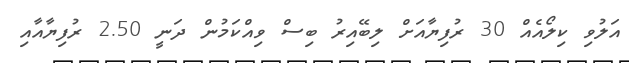
އަލުވި ކިލޯއެއް 30 ރުފިޔާއަށް ލިބޭއިރު ބިސް ވިއްކަމުން ދަނީ 2.50 ރުފިޔާއާއި